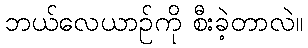
ဘယ်လေယာဉ်ကို စီးခဲ့တာလဲ။